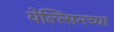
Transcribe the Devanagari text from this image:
येल्त्सिनच्या